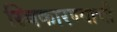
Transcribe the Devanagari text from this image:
स्विकारण्याची